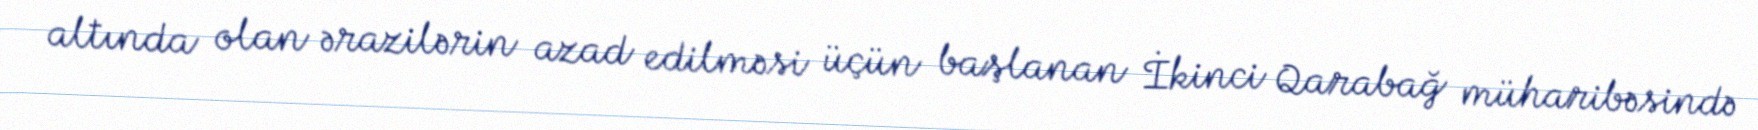
altında olan ərazilərin azad edilməsi üçün başlanan İkinci Qarabağ müharibəsində